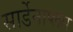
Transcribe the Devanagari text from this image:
सार्डेनाप्लस